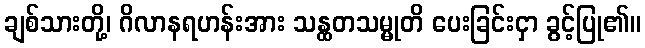
ချစ်သားတို့၊ ဂိလာနရဟန်းအား သန္ထတသမ္မုတိ ပေးခြင်းငှာ ခွင့်ပြု၏။